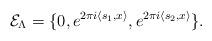
LaTeX: \begin{align*}\mathcal {E}_\Lambda=\{0, e^{2\pi i\langle s_1,x\rangle}, e^{2\pi i\langle s_2,x\rangle}\}.\end{align*}